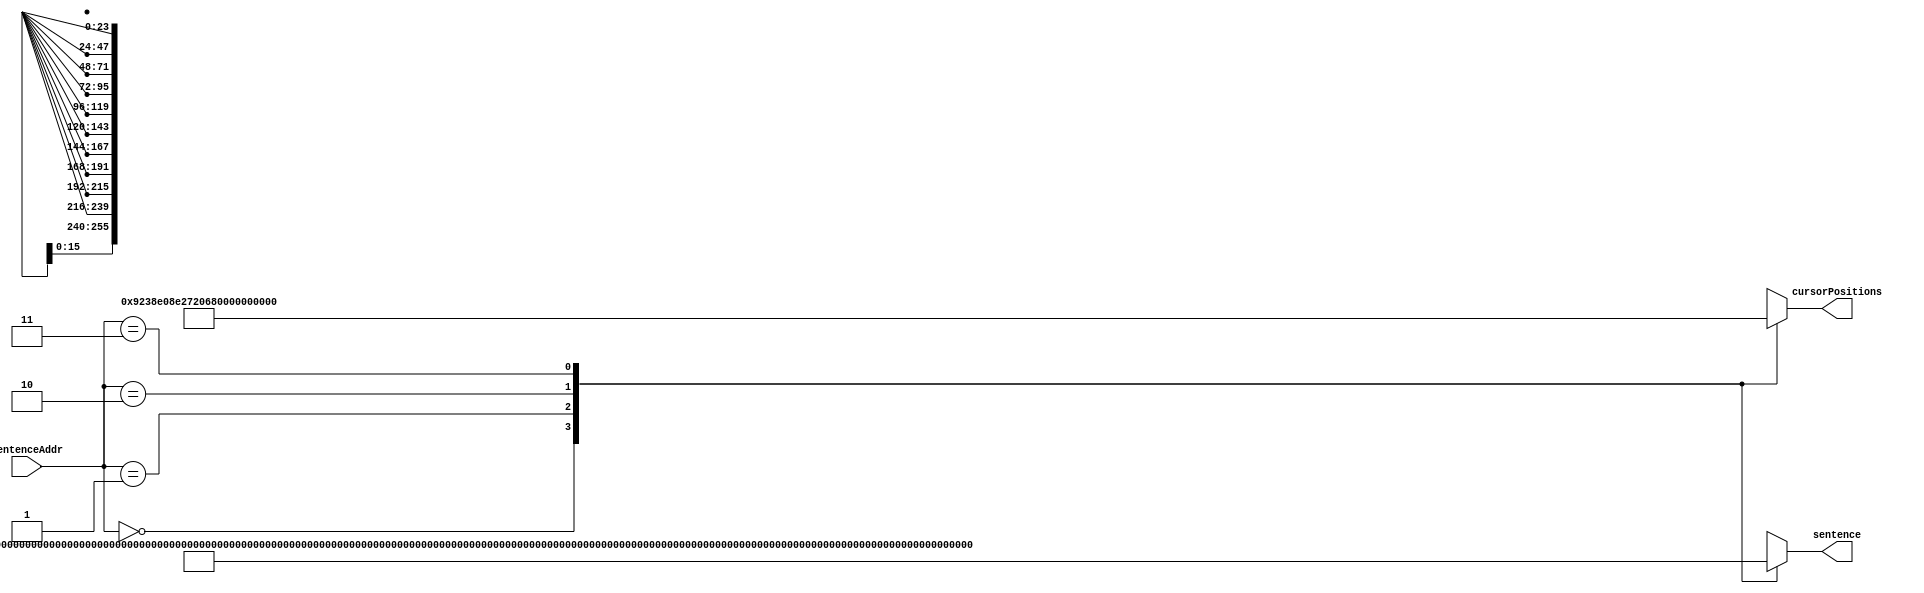
`timescale 1ns / 1ps

module Sentence_ROM(
    input wire [1:0] sentenceAddr,
    output wire [255:0] sentence,
    output wire [23:0] cursorPositions
    );
    
    // Arrays to hold sentences and cursor positions
    wire [255:0] sentences [0:3];
    wire [23:0] cursors [0:3];
    
    // COOL CAtS rULE tHE LOnG rEd rOAd
    assign sentences[2'd0] = 256'h2144444B_211C2C1B_2D3C4B24_2C332400_4B443134_2D242300_2D441C23_00000000;
    // PASS tHE SALt tO tHE IrON CHEF
    assign sentences[2'd1] = 256'h4D1C1B1B_2C332400_1B1C4B2C_2C440000_2C332400_432D4431_2133242B_00000000;
    // tED IS SAd To SEE FrEd In bEd
    assign sentences[2'd2] = 256'h2C242300_431B0000_1B1C2300_2C440000_1B242400_2B2D2423_43310000_32242300;
    // tHIS IS FOr A HUGE nErd
    assign sentences[2'd3] = 256'h2C33431B_431B0000_2B442D00_1C000000_333C3424_31242D23_00000000_00000000;
    
    // Contains cursor positions for when loading into function 3
    assign cursors[2'd0] = 24'b100_100_100_011_100_011_100_000;
    assign cursors[2'd1] = 24'b100_011_100_010_011_100_100_000;
    assign cursors[2'd2] = 24'b011_010_011_010_011_100_010_100;
    assign cursors[2'd3] = 24'b100_010_011_001_100_100_000_000;
    
    assign sentence = sentences[sentenceAddr];
    assign cursorPositions = cursors[sentenceAddr];
    
endmodule